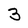
Character: 3